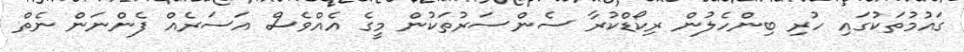
ގައުމުތަކުގައި ހުރި ބިންހެލުން ރިކޯޑްކުރާ ސެންސަރުތަކުން މީގެ އެއްވެސް އަސަރެއް ފެންނަން ނެތް